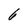
Character: 6